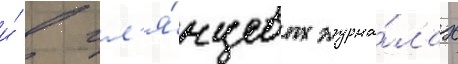
и́ в гл'я́нцевых журна́лах